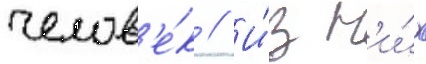
челов'е́к // И́з н'и́х